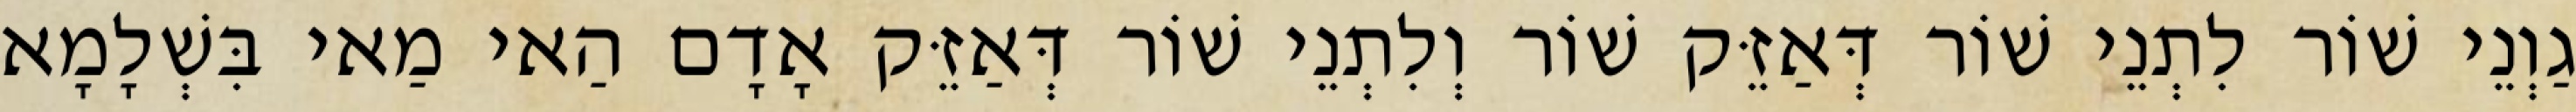
גַוְנֵי שׁוֹר לִתְנֵי שׁוֹר דְּאַזֵּק שׁוֹר וְלִתְנֵי שׁוֹר דְּאַזֵּק אָדָם הַאי מַאי בִּשְׁלָמָא